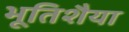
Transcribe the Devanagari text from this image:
भूतिशैया